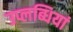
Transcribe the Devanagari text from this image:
उप्लब्धियां